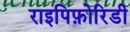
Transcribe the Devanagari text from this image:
राइपिफ़ोरिडी